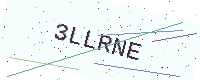
Text: 3LLRNE